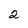
Character: 2